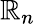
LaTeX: {\boldsymbol{\mathbb{R}}}_{n}